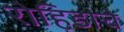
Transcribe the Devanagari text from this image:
रोहिडाचे